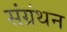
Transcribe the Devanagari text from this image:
संग्रंथन